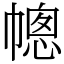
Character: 幒